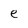
Character: e